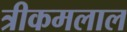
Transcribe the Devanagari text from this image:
त्रीकमलाल